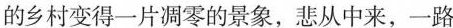
的乡村变得一片凋零的景象，悲从中来，一路